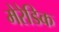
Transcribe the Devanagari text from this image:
मेरेडिक